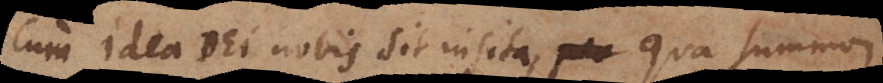
Cum idea Dei nobis sit insita, qua summam